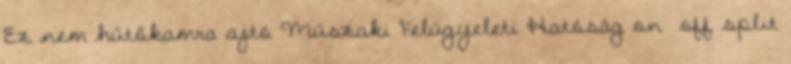
Ez nem hűtőkamra ajtó Műszaki Felügyeleti Hatóság on off split